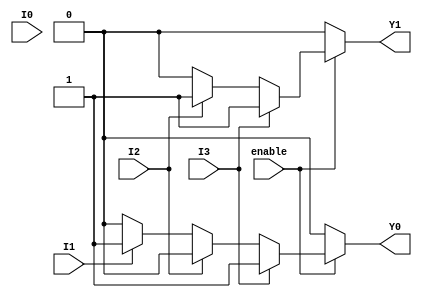
module encoder_4to2 (
    input wire I0,  // Input 0
    input wire I1,  // Input 1
    input wire I2,  // Input 2
    input wire I3,  // Input 3
    input wire enable, // Enable signal
    output reg Y1,  // Output bit 1
    output reg Y0   // Output bit 0
);

always @(*) begin
    if (!enable) begin
        // When enable is low, outputs are set to zero
        Y1 = 0;
        Y0 = 0;
    end else begin    
        // Default output
        Y1 = 0;
        Y0 = 0;

        // Check inputs in priority order (I3 > I2 > I1 > I0)
        if (I3) begin
            Y1 = 1; // Output for I3 is '11'
            Y0 = 1;
        end else if (I2) begin
            Y1 = 1; // Output for I2 is '10'
            Y0 = 0;
        end else if (I1) begin
            Y1 = 0; // Output for I1 is '01'
            Y0 = 1;
        end else if (I0) begin
            Y1 = 0; // Output for I0 is '00'
            Y0 = 0;
        end
        // If all inputs are low, Y1 and Y0 remain 0, meaning no active input
    end
end

endmodule